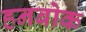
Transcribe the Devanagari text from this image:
हनबोक